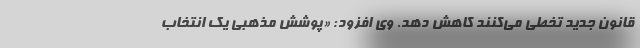
قانون جدید تخطی می‌کنند کاهش دهد. وی افزود: «پوشش مذهبی یک انتخاب